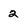
Character: 2